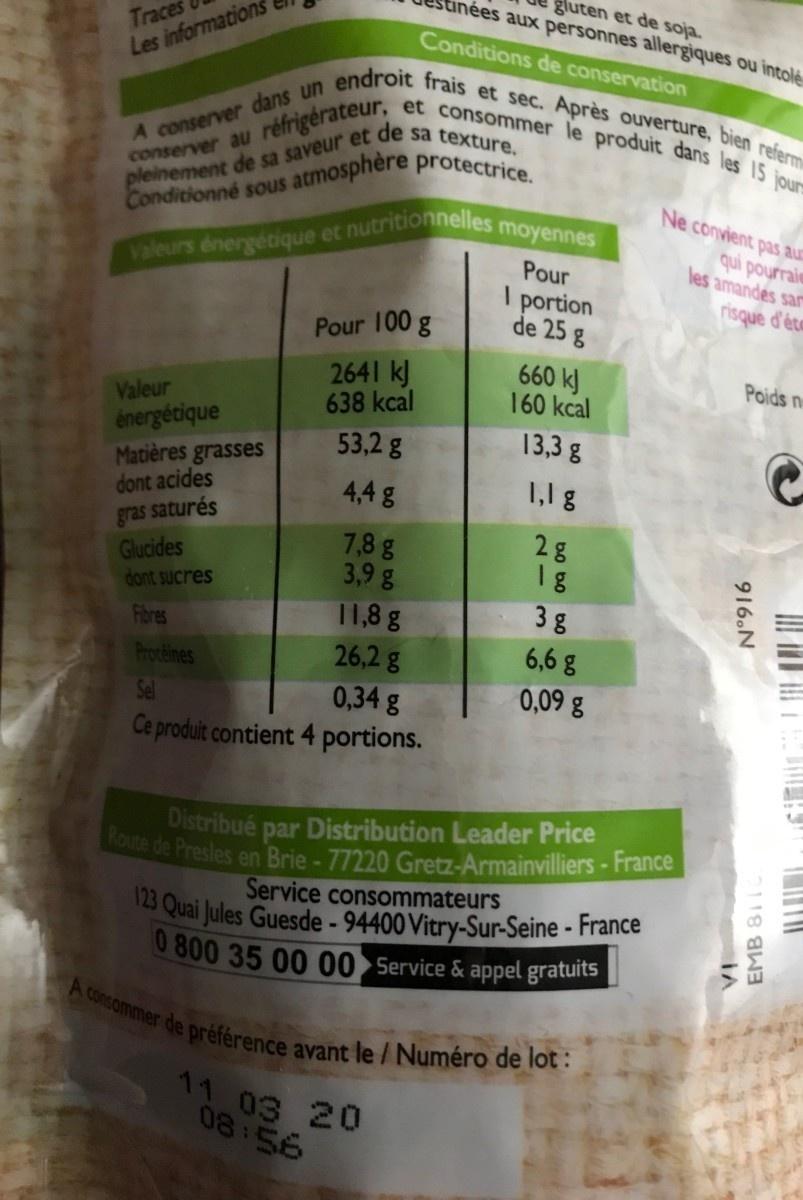
A conserver dans un endroit frais et sec. Après ouverture, bien referm Route de Presles en Brie - 77220 Gretz-Armainvilliers -France A consommer de préférence avant le/Numéro de lot :
Traces Les informations
gluten et de soja. anées aux personnes allergiques ou intolé
Conditionné sous atmosphère protectrice.
Valeurs énergétique et nutritionnelles moyennes
Conditions de conservation
et consommer le produit dans les 15 iou
conserver au réfrigérateur,
Ne convient pas aur
qui pourraie les amandes sar
Pour I portion de 25 g
risque d'éte
Pour 100 g
2641 kJ 638 kcal
660 kJ 160 kcal
Poids n
Valeur énergétique Matières grasses dont acides
13,3 g
53,2 g
4,4g
1,1g
gras saturés Glucides dont sucres
7,8 g 3,9 g
28 1g
3 g
11,8 g 26,2 g
Fibres
6,6 g
Proteines
0,34 g
0,09 g
Ce produit contient 4 portions.
Distribué par Distribution Leader Price
Service consommateurs 123 Quai Jules Guesde- 94400 Vitry-Sur-Seine - France 0 800 35 00 00 Service & appel gratuits
11 03 20 08:56
916.N
EMB 81
bo bo